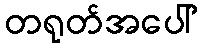
တရုတ်အပေါ်